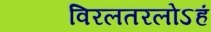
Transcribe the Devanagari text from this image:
विरलतरलोऽहं